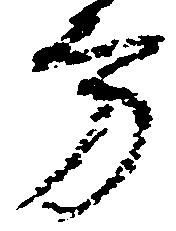
方